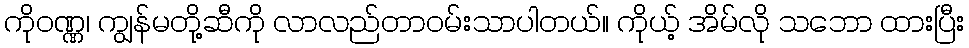
ကိုဝဏ္ဏ၊ ကျွန်မတို့ဆီကို လာလည်တာဝမ်းသာပါတယ်။ ကိုယ့် အိမ်လို သဘော ထားပြီး